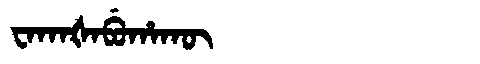
Manchu: ᠸᠠᡴᠠᡧᠠᠪᡠᡥᠠᡴᡡ
Romanization: WAKAŠABUHAKŪ